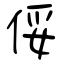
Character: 俀